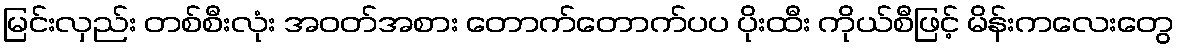
မြင်းလှည်း တစ်စီးလုံး အဝတ်အစား တောက်တောက်ပပ ပိုးထီး ကိုယ်စီဖြင့် မိန်းကလေးတွေ